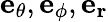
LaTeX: \mathbf{e_{\theta}},\mathbf{e_{\phi}},\mathbf{e_{r}}